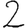
Digit: 2